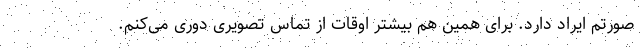
صورتم ایراد دارد. برای همین هم بیشتر اوقات از تماس تصویری دوری می‌کنم.